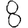
Digit: 8